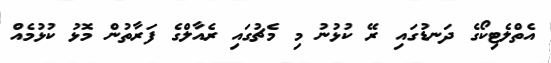
އެތްލެޓިކޯގެ ދަނޑުގައި ރޭ ކުޅުނު މި މެޗުގައި ރެއާލްގެ ފަރާތުން މޮޅު ކުޅުމެއް